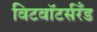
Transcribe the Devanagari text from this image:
विटवॉटर्सरँड